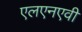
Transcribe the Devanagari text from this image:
एलएनएवी